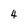
Character: 4